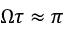
\Omega \tau \approx \pi